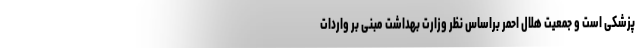
پزشکی است و جمعیت هلال احمر براساس نظر وزارت بهداشت مبنی بر واردات